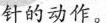
针的动作。